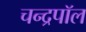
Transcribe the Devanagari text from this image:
चन्द्रपॉल